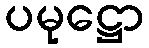
ပမုဋ္ဌော